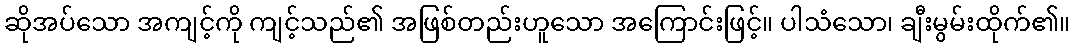
ဆိုအပ်သော အကျင့်ကို ကျင့်သည်၏ အဖြစ်တည်းဟူသော အကြောင်းဖြင့်။ ပါသံသော၊ ချီးမွမ်းထိုက်၏။